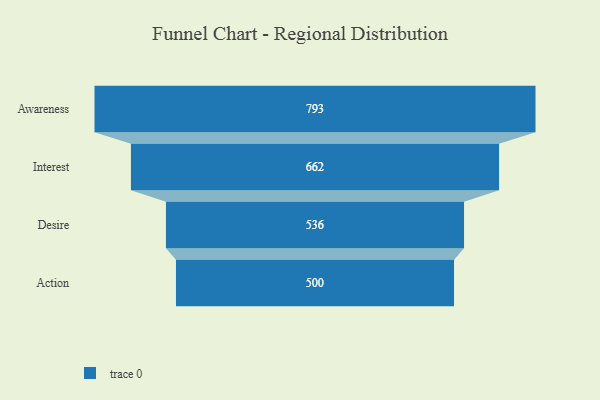
{"axis": {"x": "Stage", "y": "Value"}, "legend": [""], "data": [{"x": "Awareness", "y": 793.0, "type": ""}, {"x": "Interest", "y": 662.0, "type": ""}, {"x": "Desire", "y": 536.0, "type": ""}, {"x": "Action", "y": 500, "type": ""}]}